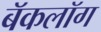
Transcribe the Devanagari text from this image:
बॅकलॉग